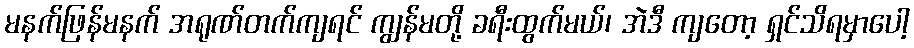
မနက်ဖြန်မနက် အရုဏ်တက်ကျရင် ကျွန်မတို့ ခရီးထွက်မယ်၊ အဲဒီ ကျတော့ ရှင်သိရမှာပေါ့